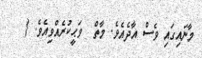
މާނައިގައި ވެސް އާދެއެވެ. މާތް  ވަޙީކުރެއްވިއެވެ. {